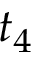
t _ { 4 }